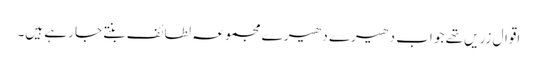
اقوال زریں تھے جو اب دھیرے دھیرے مجموعہ لطائف بنتے جا رہے ہیں۔